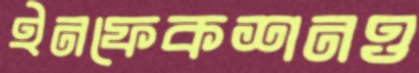
ইনফেকশনও